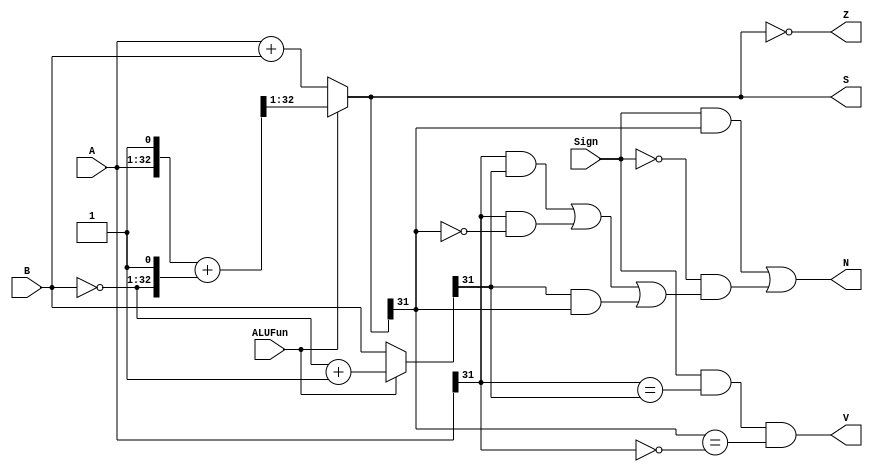
module ADD(A,B,ALUFun,Sign,S,Z,V,N);
  input [31:0] A;
  input [31:0] B;
  input ALUFun;
  input Sign;
  output [31:0] S;
  output Z,V,N;
  wire [31:0] b;
  wire [32:0] c;
  wire [32:0] d;
  wire [32:0] s;

  assign c={A,1'b1};
  assign d={~B,1'b1}; 
  assign b=(ALUFun)?(~B+1):B;
  assign s = c + d;
  
  assign S = (ALUFun) ? (s[32:1]) : (A + B);
  assign Z=(S==0);
  assign V=(Sign&(A[31]==b[31])&(S[31]==(~A[31])));
  assign N=((Sign&S[31])|((!Sign)&((A[31]&b[31])|(A[31]&~S[31])|(b[31]&S[31]))));

endmodule